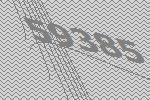
59385